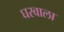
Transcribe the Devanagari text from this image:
घरवाला